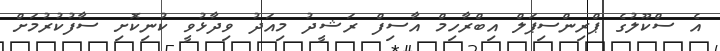
އެ ސްކޫލުގެ ޕްރިންސިޕަލް އިބްރާހިމް އާސިފް ރަޝީދު މިއަދު ވިދާޅުވީ ކުނިކޮށި ސާފުކުރުމަށް